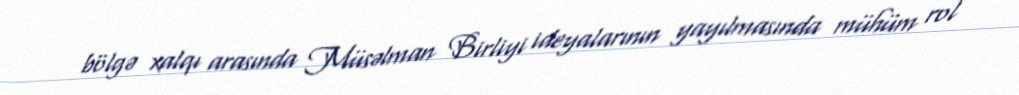
bölgə xalqı arasında Müsəlman Birliyi ideyalarının yayılmasında mühüm rol